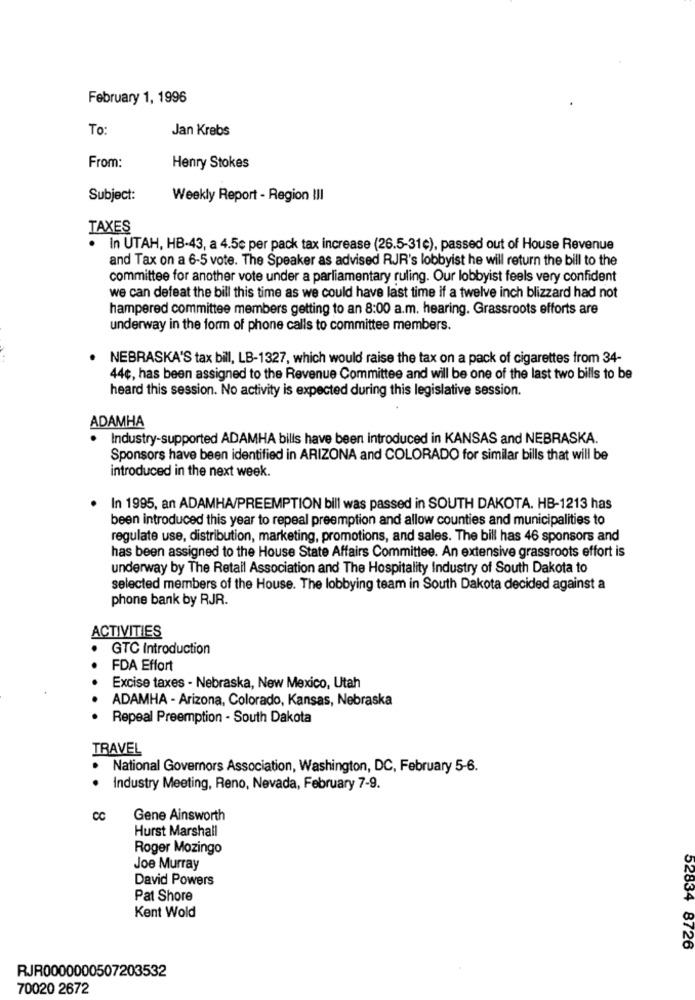
February 1, 1996
To:
Jan Krebs
From:
Henry Stokes
Subject:
Weekly Report - Region III
TAXES
In UTAH, HB-43, a 4.5e per pack tax increase (26.5-31¢), passed out of House Revenue
and Tax on a 6-5 vote. The Speaker as advised RJR's lobbyist he will return the bill to the
committee for another vote under a parliamentary ruling. Our lobbyist feels very confident
we can defeat the bill this time as we could have last time if a twelve inch blizzard had not
hampered committee members getting to an 8:00 a.m. hearing. Grassroots efforts are
underway in the form of phone calls to committee members.
NEBRASKA'S tax bill, LB-1327, which would raise the tax on a pack of cigarettes from 34-
44¢, has been assigned to the Revenue Committee and will be one of the last two bills to be
heard this session. No activity is expected during this legislative session.
ADAMHA
Industry-supported ADAMHA bills have been introduced in KANSAS and NEBRASKA.
Sponsors have been identified in ARIZONA and COLORADO for similar bills that will be
introduced in the next week.
In 1995, an ADAMHA/PREEMPTION bill was passed in SOUTH DAKOTA. HB-1213 has
been introduced this year to repeal preemption and allow counties and municipalities to
regulate use, distribution, marketing, promotions, and sales. The bill has 46 sponsors and
has been assigned to the House State Affairs Committee. An extensive grassroots effort is
underway by The Retail Association and The Hospitality Industry of South Dakota to
selected members of the House. The lobbying team in South Dakota decided against a
phone bank by RJR.
ACTIVITIES
GTC Introduction
FDA Effort
..
Excise taxes - Nebraska, New Mexico, Utah
ADAMHA - Arizona, Colorado, Kansas, Nebraska
Repeal Preemption - South Dakota
TRAVEL
National Governors Association, Washington, DC, February 5-6.
..
Industry Meeting, Reno, Nevada, February 7-9.
CC
Gene Ainsworth
Hurst Marshall
Roger Mozingo
Joe Murray
David Powers
Pat Shore
Kent Wold
52834 8726
RJR0000000507203532
70020 2672